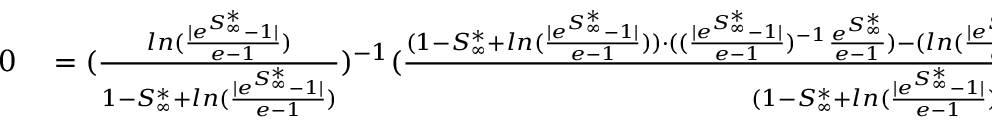
\begin{array} { r l } { 0 } & { { } = ( \frac { l n ( \frac { | e ^ { S _ { \infty } ^ { * } } - 1 | } { e - 1 } ) } { 1 - S _ { \infty } ^ { * } + l n ( \frac { | e ^ { S _ { \infty } ^ { * } } - 1 | } { e - 1 } ) } ) ^ { - 1 } ( \frac { ( 1 - S _ { \infty } ^ { * } + l n ( \frac { | e ^ { S _ { \infty } ^ { * } } - 1 | } { e - 1 } ) ) \cdot ( ( \frac { | e ^ { S _ { \infty } ^ { * } } - 1 | } { e - 1 } ) ^ { - 1 } \frac { e ^ { S _ { \infty } ^ { * } } } { e - 1 } ) - ( l n ( \frac { | e ^ { S _ { \infty } ^ { * } } - 1 | } { e - 1 } ) ) \cdot ( - 1 + ( \frac { | e ^ { S _ { \infty } ^ { * } } - 1 | } { e - 1 } ) ^ { - 1 } \frac { e ^ { S _ { \infty } ^ { * } } } { e - 1 } ) } { ( 1 - S _ { \infty } ^ { * } + l n ( \frac { | e ^ { S _ { \infty } ^ { * } } - 1 | } { e - 1 } ) ) ^ { 2 } } ) - 1 } \end{array}